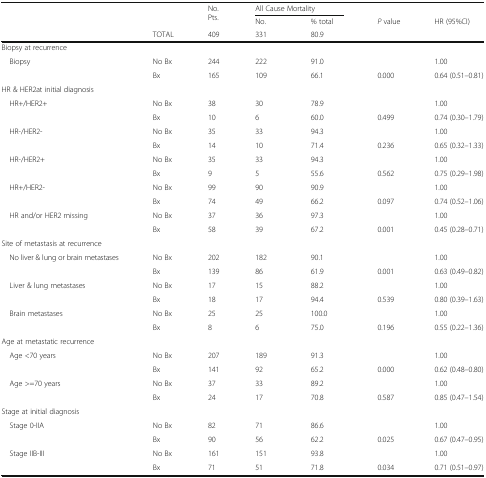
<table><thead><tr><td rowspan="3"></td><td rowspan="2"></td><td rowspan="2"><b>No. Pts.</b></td><td colspan="2"><b>All Cause Mortality</b></td><td></td><td></td></tr><tr><td><b>No.</b></td><td><b>% total</b></td><td><b><i>P</i> value</b></td><td><b>HR (95%CI)</b></td></tr><tr><td><b>TOTAL</b></td><td><b>409</b></td><td><b>331</b></td><td><b>80.9</b></td><td></td><td></td></tr></thead><tbody><tr><td colspan="7">Biopsy at recurrence</td></tr><tr><td rowspan="2"> Biopsy</td><td>No Bx</td><td>244</td><td>222</td><td>91.0</td><td></td><td>1.00</td></tr><tr><td>Bx</td><td>165</td><td>109</td><td>66.1</td><td>0.000</td><td>0.64 (0.51–0.81)</td></tr><tr><td colspan="7">HR &amp; HER2at initial diagnosis</td></tr><tr><td rowspan="2"> HR+/HER2+</td><td>No Bx</td><td>38</td><td>30</td><td>78.9</td><td></td><td>1.00</td></tr><tr><td>Bx</td><td>10</td><td>6</td><td>60.0</td><td>0.499</td><td>0.74 (0.30–1.79)</td></tr><tr><td rowspan="2"> HR-/HER2-</td><td>No Bx</td><td>35</td><td>33</td><td>94.3</td><td></td><td>1.00</td></tr><tr><td>Bx</td><td>14</td><td>10</td><td>71.4</td><td>0.236</td><td>0.65 (0.32–1.33)</td></tr><tr><td rowspan="2"> HR-/HER2+</td><td>No Bx</td><td>35</td><td>33</td><td>94.3</td><td></td><td>1.00</td></tr><tr><td>Bx</td><td>9</td><td>5</td><td>55.6</td><td>0.562</td><td>0.75 (0.29–1.98)</td></tr><tr><td rowspan="2"> HR+/HER2-</td><td>No Bx</td><td>99</td><td>90</td><td>90.9</td><td></td><td>1.00</td></tr><tr><td>Bx</td><td>74</td><td>49</td><td>66.2</td><td>0.097</td><td>0.74 (0.52–1.06)</td></tr><tr><td rowspan="2"> HR and/or HER2 missing</td><td>No Bx</td><td>37</td><td>36</td><td>97.3</td><td></td><td>1.00</td></tr><tr><td>Bx</td><td>58</td><td>39</td><td>67.2</td><td>0.001</td><td>0.45 (0.28–0.71)</td></tr><tr><td colspan="7">Site of metastasis at recurrence</td></tr><tr><td rowspan="2"> No liver &amp; lung or brain metastases</td><td>No Bx</td><td>202</td><td>182</td><td>90.1</td><td></td><td>1.00</td></tr><tr><td>Bx</td><td>139</td><td>86</td><td>61.9</td><td>0.001</td><td>0.63 (0.49–0.82)</td></tr><tr><td rowspan="2"> Liver &amp; lung metastases</td><td>No Bx</td><td>17</td><td>15</td><td>88.2</td><td></td><td>1.00</td></tr><tr><td>Bx</td><td>18</td><td>17</td><td>94.4</td><td>0.539</td><td>0.80 (0.39–1.63)</td></tr><tr><td rowspan="2"> Brain metastases</td><td>No Bx</td><td>25</td><td>25</td><td>100.0</td><td></td><td>1.00</td></tr><tr><td>Bx</td><td>8</td><td>6</td><td>75.0</td><td>0.196</td><td>0.55 (0.22–1.36)</td></tr><tr><td colspan="7">Age at metastatic recurrence</td></tr><tr><td rowspan="2"> Age &lt;70 years</td><td>No Bx</td><td>207</td><td>189</td><td>91.3</td><td></td><td>1.00</td></tr><tr><td>Bx</td><td>141</td><td>92</td><td>65.2</td><td>0.000</td><td>0.62 (0.48–0.80)</td></tr><tr><td rowspan="2"> Age &gt;=70 years</td><td>No Bx</td><td>37</td><td>33</td><td>89.2</td><td></td><td>1.00</td></tr><tr><td>Bx</td><td>24</td><td>17</td><td>70.8</td><td>0.587</td><td>0.85 (0.47–1.54)</td></tr><tr><td colspan="7">Stage at initial diagnosis</td></tr><tr><td rowspan="2"> Stage 0-IIA</td><td>No Bx</td><td>82</td><td>71</td><td>86.6</td><td></td><td>1.00</td></tr><tr><td>Bx</td><td>90</td><td>56</td><td>62.2</td><td>0.025</td><td>0.67 (0.47–0.95)</td></tr><tr><td rowspan="2"> Stage IIB-III</td><td>No Bx</td><td>161</td><td>151</td><td>93.8</td><td></td><td>1.00</td></tr><tr><td>Bx</td><td>71</td><td>51</td><td>71.8</td><td>0.034</td><td>0.71 (0.51–0.97)</td></tr></tbody></table>